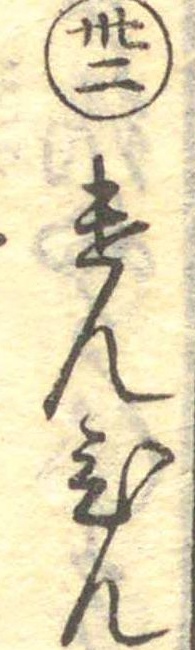
卅二けんひん